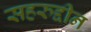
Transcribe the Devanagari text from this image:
सहरुद्दीन